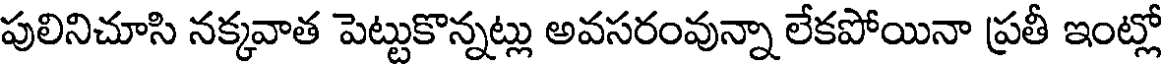
పులినిచూసి నక్కవాత పెట్టుకొన్నట్లు అవసరంవున్నా లేకపోయినా ప్రతీ ఇంట్లో